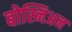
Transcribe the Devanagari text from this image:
बोस्निअन